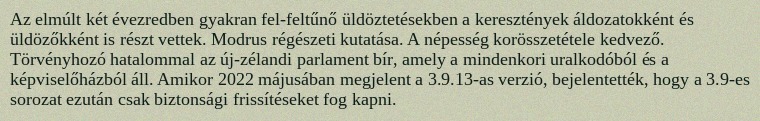
Az elmúlt két évezredben gyakran fel-feltűnő üldöztetésekben a keresztények áldozatokként és üldözőkként is részt vettek. Modrus régészeti kutatása. A népesség korösszetétele kedvező. Törvényhozó hatalommal az új-zélandi parlament bír, amely a mindenkori uralkodóból és a képviselőházból áll. Amikor 2022 májusában megjelent a 3.9.13-as verzió, bejelentették, hogy a 3.9-es sorozat ezután csak biztonsági frissítéseket fog kapni.